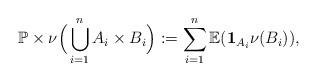
LaTeX: \begin{align*}\mathbb P \times \nu\Big(\bigcup_{i=1}^n A_i\times B_i\Big) := \sum_{i=1}^n \mathbb E(\mathbf 1_{A_i}\nu(B_i)),\end{align*}